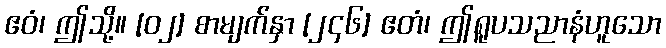
ဧဝံ၊ ဤသို့။ [၀၂] စာမျက်နှာ [၂၄၆] ဧတံ၊ ဤရူပသညာနံဟူသော